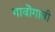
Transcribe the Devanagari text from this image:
गावॊगावी